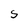
Character: S